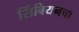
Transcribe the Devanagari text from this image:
सिंबियनचा